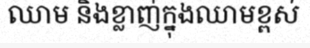
ឈាម និងខ្លាញ់ក្នុងឈាមខ្ពស់